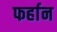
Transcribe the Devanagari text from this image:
फर्हान